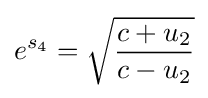
e^{s_{4}}={\sqrt {\frac {c+u_{2}}{c-u_{2}}}}